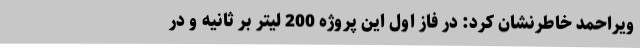
ویراحمد خاطرنشان کرد: در فاز اول این پروژه 200 لیتر بر ثانیه و در